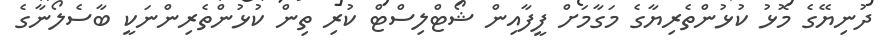
ދުނިޔޭގެ މޮޅު ކުޅުންތެރިޔާގެ މަގާމަށް ފީފާއިން ޝޯޓްލިސްޓް ކުރި ތިން ކުޅުންތެރިންނަކީ ބާސެލޯނާގެ